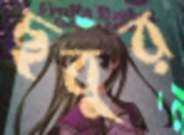
ছবুর